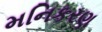
મનિકરણ